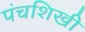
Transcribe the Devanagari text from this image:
पंचशिखी